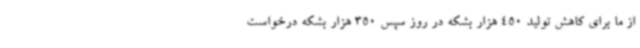
از ما برای کاهش تولید 450 هزار بشکه در روز سپس 350 هزار بشکه درخواست